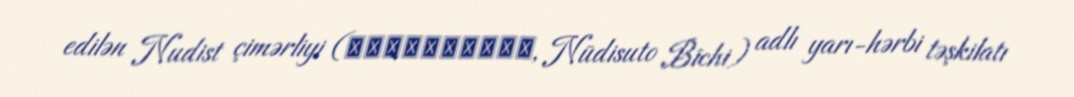
edilən Nudist çimərliyi (ヌーディスト・ビーチ, Nūdisuto Bīchi) adlı yarı-hərbi təşkilatı